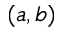
( a , b )